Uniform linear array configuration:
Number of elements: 64
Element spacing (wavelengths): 0.5
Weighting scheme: kaiser
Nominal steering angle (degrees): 60
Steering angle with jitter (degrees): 60.992
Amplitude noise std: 0.05
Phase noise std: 0.05

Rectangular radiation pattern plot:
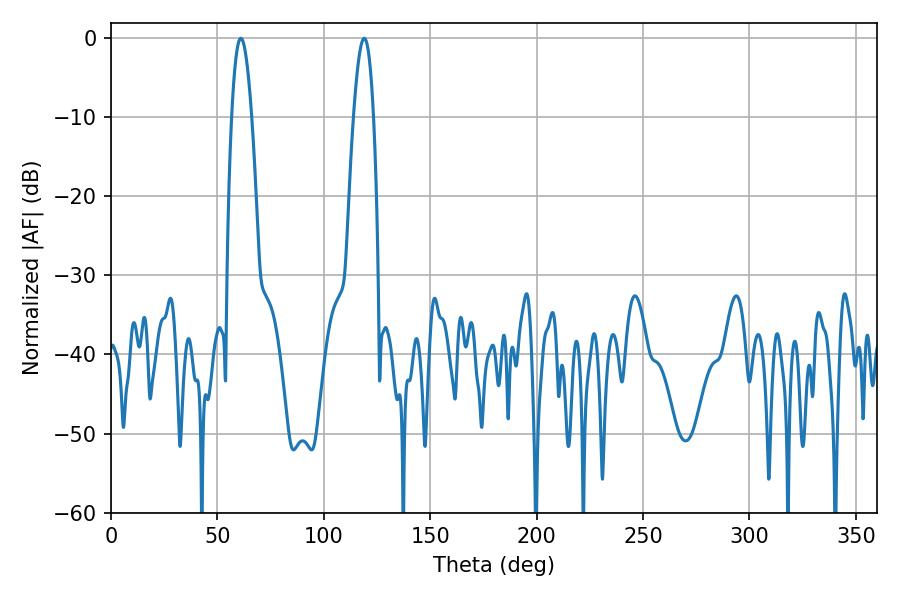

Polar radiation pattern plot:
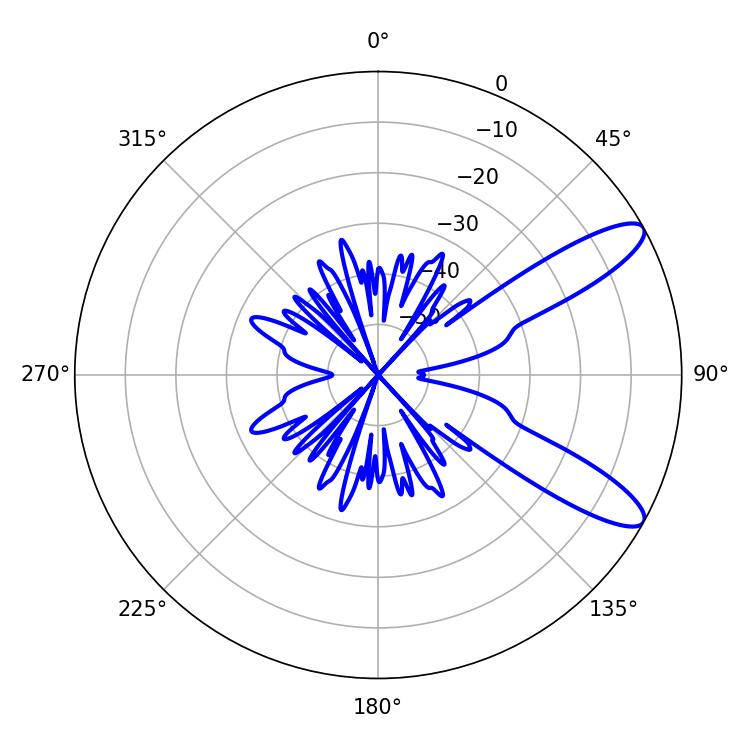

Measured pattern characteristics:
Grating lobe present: FALSE
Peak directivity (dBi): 10.68
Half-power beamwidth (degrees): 5.22
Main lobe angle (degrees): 61.02